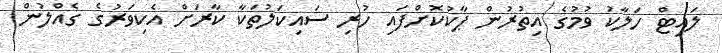
ލައިޓް ހަލާކު ވުމުގެ އިތުރުން ޕާކުކޮށްފައި ހުރި ސައިކަލުތަކާ ކާރަށް އެކިވަރުގެ ގެއްލުން